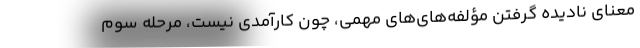
معنای نادیده گرفتن مؤلفه‌های‌های مهمی، چون کارآمدی نیست، مرحله سوم